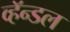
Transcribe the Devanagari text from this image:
व्हॅन्डल